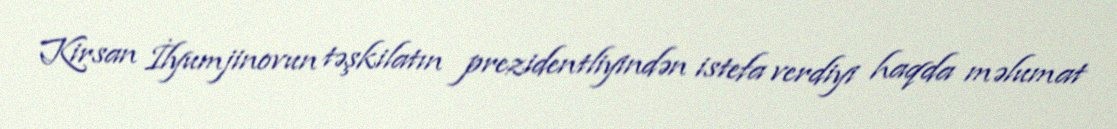
Kirsan İlyumjinovun təşkilatın prezidentliyindən istefa verdiyi haqda məlumat